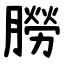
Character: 朥